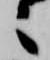
々